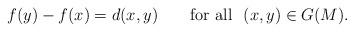
LaTeX: \begin{align*}f(y)-f(x)=d(x,y)\ \ \ \ \ \ \mathrm{for\ all}\ \ (x,y)\in G(M).\end{align*}